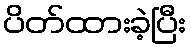
ပိတ်ထားခဲ့ပြီး